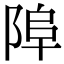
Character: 𨹺